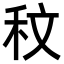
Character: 𮂹